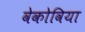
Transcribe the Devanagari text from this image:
वेकोविया